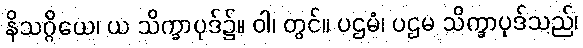
နိသဂ္ဂိယေ၊ ယ သိက္ခာပုဒ်၌။ ဝါ၊ တွင်။ ပဌမံ၊ ပဌမ သိက္ခာပုဒ်သည်၊